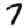
Digit: 7